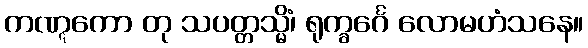
ကဏ္ဋကော တု သပတ္တသ္မိံ၊ ရုက္ခင်္ဂေ လောမဟံသနေ။